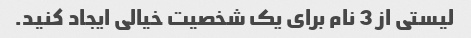
لیستی از 3 نام برای یک شخصیت خیالی ایجاد کنید.